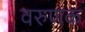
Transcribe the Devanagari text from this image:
वरुणक